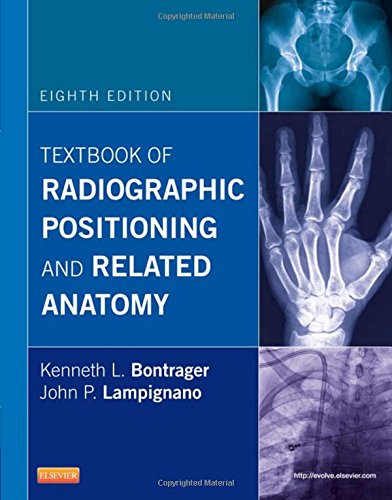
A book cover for Textbook of Radiographic Positioning and Related Anatomy, 8e; Kenneth L. Bontrager MA  RT(R); Medical Books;